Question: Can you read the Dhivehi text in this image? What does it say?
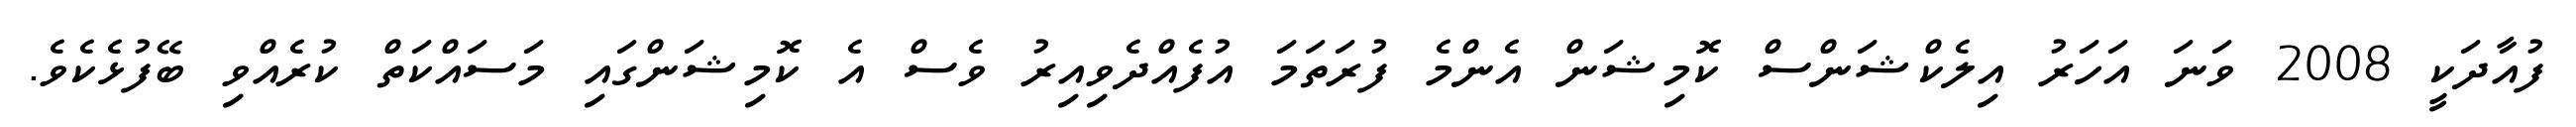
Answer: ފުއާދަކީ 2008 ވަނަ އަހަރު އިލެކްޝަންސް ކޮމިޝަން އެންމެ ފުރަތަމަ އުފެއްދެވިއިރު ވެސް އެ ކޮމިޝަންގައި މަސައްކަތް ކުރެއްވި ބޭފުޅެކެވެ.